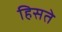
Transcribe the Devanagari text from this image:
हिसते